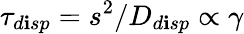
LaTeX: \tau_{d\mathbf{i}sp}=s^{2}/D_{d\mathbf{i}sp}\propto\gamma